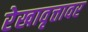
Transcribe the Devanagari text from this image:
रेखावृत्तावर